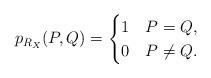
LaTeX: \begin{align*}p_{R_X}(P,Q)=\begin{cases}1 & P = Q,\\0 & P \neq Q.\end{cases}\end{align*}